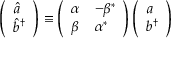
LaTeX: \left( \begin{array} { l } { { { \hat { a } } } } \\ { { { \hat { b } } ^ { \dagger } } } \end{array} \right) \equiv \left( \begin{array} { l l } { { \alpha } } & { { - \beta ^ { * } } } \\ { { \beta } } & { { \alpha ^ { * } } } \end{array} \right) \left( \begin{array} { l } { { a } } \\ { { b ^ { \dagger } } } \end{array} \right)